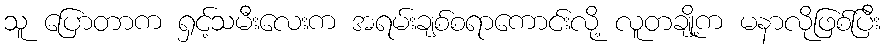
သူ ပြောတာက ရှင့်သမီးလေးက အရမ်းချစ်စရာကောင်းလို့ လူတချို့က မနာလိုဖြစ်ပြီး